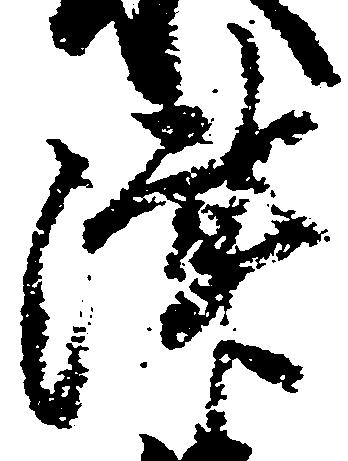
津